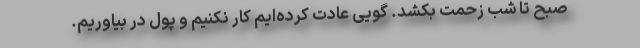
صبح تا شب زحمت بکشد. گویی عادت کرده‌ایم کار نکنیم و پول در بیاوریم.